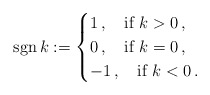
\begin{align*}{\rm sgn}\,k:=\begin{cases}1\,,\quad\mbox{if}\,\,k>0\,,\\ 0\,,\quad\mbox{if}\,\,k=0\,,\\ -1\,,\quad\mbox{if}\,\,k<0\,.\end{cases}\end{align*}